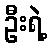
ဦးရဲ့